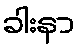
ခါးနာ